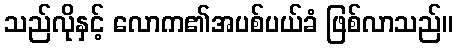
သည်လိုနှင့် လောက၏အပစ်ပယ်ခံ ဖြစ်လာသည်။